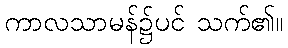
ကာလသာမန်၌ပင် သက်၏။